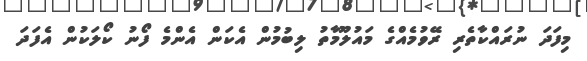
މިފަދަ ނުރައްކާތެރި ރޭވުމެއްގެ މައުލޫމާތު ލިބުމުން އެކަން އެންމެ ފޯނު ކޯލަކުން އެފަދަ